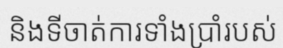
និងទីចាត់ការទាំងប្រាំរបស់